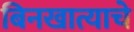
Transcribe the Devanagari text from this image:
बिनखात्याचे